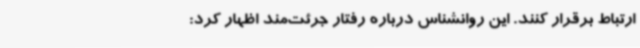
ارتباط برقرار کنند. این روانشناس درباره رفتار جرئت‌مند اظهار کرد: